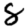
Digit: 8